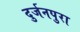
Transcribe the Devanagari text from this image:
दुर्जनपुरा